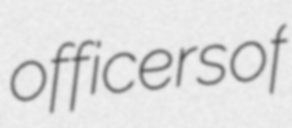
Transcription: officers of